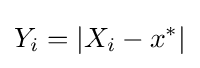
Y_{i}=|X_{i}-x^{*}|